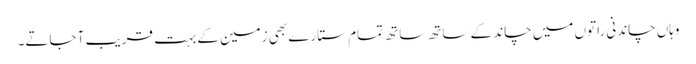
وہاں چاندنی راتوں میں چاند کے ساتھ ساتھ تمام ستارے بھی زمین کے بہت قریب آ جاتے۔